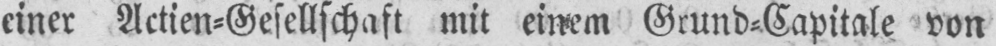
einer Actien⸗Gesellschaft mit einem Grund⸗Capitale von